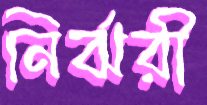
নির্ঝরী